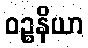
ဝဉ္စနိယာ